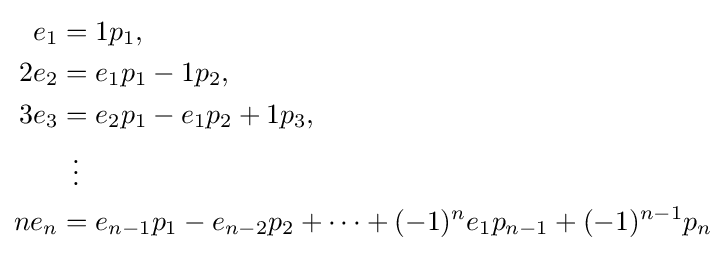
{\begin{aligned}e_{1}&=1p_{1},\\2e_{2}&=e_{1}p_{1}-1p_{2},\\3e_{3}&=e_{2}p_{1}-e_{1}p_{2}+1p_{3},\\&\,\,\,\vdots \\ne_{n}&=e_{n-1}p_{1}-e_{n-2}p_{2}+\cdots +(-1)^{n}e_{1}p_{n-1}+(-1)^{n-1}p_{n}\end{aligned}}